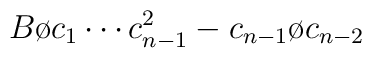
{{B}\o {c_1 \cdots c_{n-1}^2}} - {{c_{n-1}}\o{c_{n-2}}}